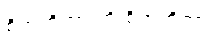
စိတ်တိုတာ ကို စိတ်တိုတာ။